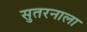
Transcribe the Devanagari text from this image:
सुतरनाला